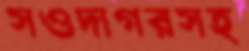
সওদাগরসহ